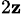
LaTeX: _{2\mathbf{z}}